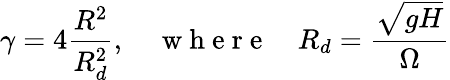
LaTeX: \gamma=4\frac{R^{2}}{R_{d}^{2}},\quad\mathrm{~w~h~e~r~e~}\quad R_{d}=\frac{\sqrt{gH}}{\Omega}